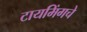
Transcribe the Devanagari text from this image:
टायमिंगचे